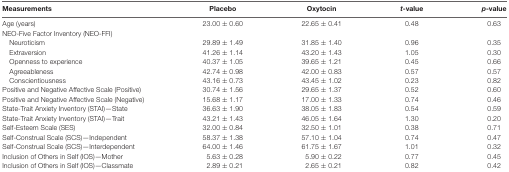
<table><thead><tr><td><b>Measurements</b></td><td><b>Placebo</b></td><td><b>Oxytocin</b></td><td><b><i>t</i>-value</b></td><td><b><i>p</i>-value</b></td></tr></thead><tbody><tr><td>Age (years)</td><td>23.00 ± 0.60</td><td>22.65 ± 0.41</td><td>0.48</td><td>0.63</td></tr><tr><td>NEO-Five Factor Inventory (NEO-FFI)</td><td></td><td></td><td></td><td></td></tr><tr><td>Neuroticism</td><td>29.89 ± 1.49</td><td>31.85 ± 1.40</td><td>0.96</td><td>0.35</td></tr><tr><td>Extraversion</td><td>41.26 ± 1.14</td><td>43.20 ± 1.43</td><td>1.05</td><td>0.30</td></tr><tr><td>Openness to experience</td><td>40.37 ± 1.05</td><td>39.65 ± 1.21</td><td>0.45</td><td>0.66</td></tr><tr><td>Agreeableness</td><td>42.74 ± 0.98</td><td>42.00 ± 0.83</td><td>0.57</td><td>0.57</td></tr><tr><td>Conscientiousness</td><td>43.16 ± 0.73</td><td>43.45 ± 1.02</td><td>0.23</td><td>0.82</td></tr><tr><td>Positive and Negative Affective Scale (Positive)</td><td>30.74 ± 1.56</td><td>29.65 ± 1.37</td><td>0.52</td><td>0.60</td></tr><tr><td>Positive and Negative Affective Scale (Negative)</td><td>15.68 ± 1.17</td><td>17.00 ± 1.33</td><td>0.74</td><td>0.46</td></tr><tr><td>State-Trait Anxiety Inventory (STAI)—State</td><td>36.63 ± 1.90</td><td>38.05 ± 1.83</td><td>0.54</td><td>0.59</td></tr><tr><td>State-Trait Anxiety Inventory (STAI)—Trait</td><td>43.21 ± 1.43</td><td>46.05 ± 1.64</td><td>1.30</td><td>0.20</td></tr><tr><td>Self-Esteem Scale (SES)</td><td>32.00 ± 0.84</td><td>32.50 ± 1.01</td><td>0.38</td><td>0.71</td></tr><tr><td>Self-Construal Scale (SCS)—Independent</td><td>58.37 ± 1.38</td><td>57.10 ± 1.04</td><td>0.74</td><td>0.47</td></tr><tr><td>Self-Construal Scale (SCS)—Interdependent</td><td>64.00 ± 1.46</td><td>61.75 ± 1.67</td><td>1.01</td><td>0.32</td></tr><tr><td>Inclusion of Others in Self (IOS)—Mother</td><td>5.63 ± 0.28</td><td>5.90 ± 0.22</td><td>0.77</td><td>0.45</td></tr><tr><td>Inclusion of Others in Self (IOS)—Classmate</td><td>2.89 ± 0.21</td><td>2.65 ± 0.21</td><td>0.82</td><td>0.42</td></tr></tbody></table>